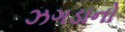
ઝગડાનો